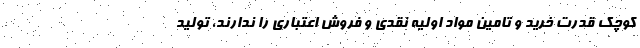
کوچک قدرت خرید و تامین مواد اولیه نقدی و فروش اعتباری را ندارند، تولید